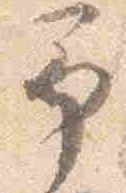
予